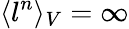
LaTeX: \langle l^{n}\rangle_{V}=\infty